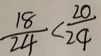
\frac { 1 8 } { 2 4 } < \frac { 2 0 } { 2 4 }